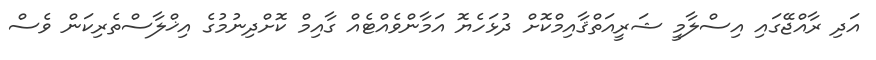
އަދި ރާއްޖޭގައި އިސްލާމީ ޝަރީއަތްޤާއިމްކޮށް ދުޅަހެޔޮ އަމާންވެއްޓެއް ގާއިމް ކޮށްދިނުމުގެ އިޚްލާސްތެރިކަން ވެސް